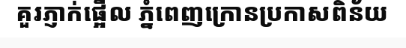
គួរភ្ញាក់ផ្អើល ភ្នំពេញក្រោនប្រកាសពិន័យ